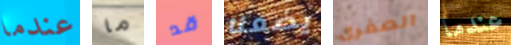
عندما ما قد يضعنا الصغرى عندما